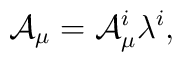
{\cal A}_{\mu} = {\cal A}_{\mu}^i \lambda^i,